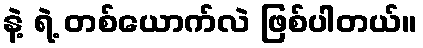
နဲ့ ရဲ့ တစ်ယောက်လဲ ဖြစ်ပါတယ်။